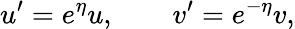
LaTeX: u^{\prime}=e^{\eta}u,\qquad v^{\prime}=e^{-\eta}v,